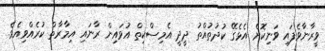
ވީރާނާވެފައި ވަނިކޮށް އެޅެގޭ ކުދުތުއްތު ދީދީ އެމިސްކިތް އުވައިން ރާނައި އިމާރާތް ކުރެއްވިއެވެ.